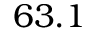
6 3 . 1